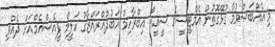
މި އެއްބަސްވުމާ ގުޅޭގޮތުން އެމްޓީސީގެ ސީއީއޯ އިބްރާހިމް އަބުދުއްރައްޒާގު ހަލީމް ޕީއެސްއެމްއަށް ދެއްވި